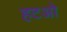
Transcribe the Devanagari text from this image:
हटओ